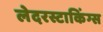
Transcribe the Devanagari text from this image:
लेदरस्टाकिंग्स